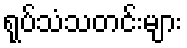
ရုပ်သံသတင်းများ